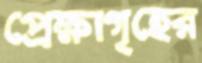
প্রেক্ষাগৃহের